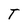
Character: T